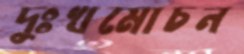
দুঃখমোচন